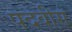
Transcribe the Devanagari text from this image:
पदवीस